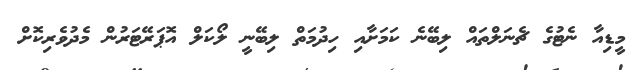
މީޑިއާ ނެޓުގެ ޗެނަލްތައް ލިބޭނެ ކަމަށާއި ހިދުމަތް ލިބޭނީ ލޯކަލް އޮޕަރޭޓަރުން މެދުވެރިކޮށް